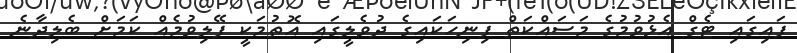
ފައިގައި ޓެގް އެޅުވުމުގެ މަސައްކަތް ފިނިހަކައިގެ ދުވެލީގައި އޮތުމަކީ ފޭލިވުމެއް ކަމަށް ބެލިދާނެ